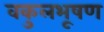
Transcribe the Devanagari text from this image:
वकुलभूषण